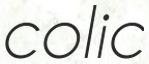
colic